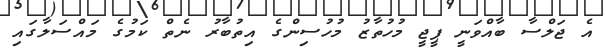
އެ ޖަލްސާ ބާއްވަނީ ޕީޖީ މުހުތާޒު މުހުސިންގެ އިތުބާރު ނެތް ކަމުގެ މައްސަލާގައި